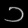
Digit: ၁